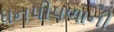
ધનપીપળાની